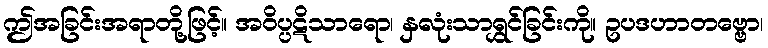
ဤအခြင်းအရာတို့ဖြင့်။ အဝိပ္ပဋိသာရော၊ နှလုံးသာရွှင်ခြင်းကို။ ဥပဒဟာတဗ္ဗော၊